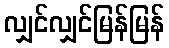
လျှင်လျှင်မြန်မြန်